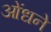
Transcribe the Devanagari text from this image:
ओंधने